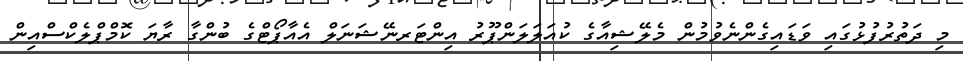
މި ދަތުރުފުޅުގައި ވަޑައިގެންނެވުމުން މެލޭޝިއާގެ ކުއަލަލަންޕޫރު އިންޓަރނޭޝަނަލް އެއާޕޯޓްގެ ބުންގާ ރާޔަ ކޮމްޕްލެކްސްއިން